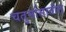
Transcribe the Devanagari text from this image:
चतुर्मासातील